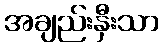
အချည်းနှီးသာ